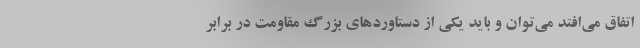
اتفاق می‌افتد می‌توان و باید یکی از دستاوردهای بزرگ مقاومت در برابر